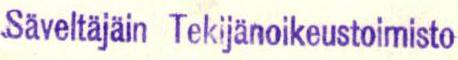
Säveltajäin Tekijänoikeustoimisto